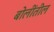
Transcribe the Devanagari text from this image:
बोलींतील